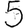
Digit: 5